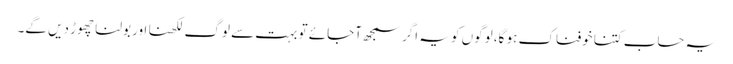
یہ حساب کتنا خوفناک ہو گا، لوگوں کو یہ اگر سمجھ آجائے تو بہت سے لوگ لکھنا اور بولنا چھوڑ دیں گے۔